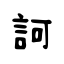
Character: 訶